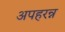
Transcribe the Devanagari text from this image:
अपहरन्न